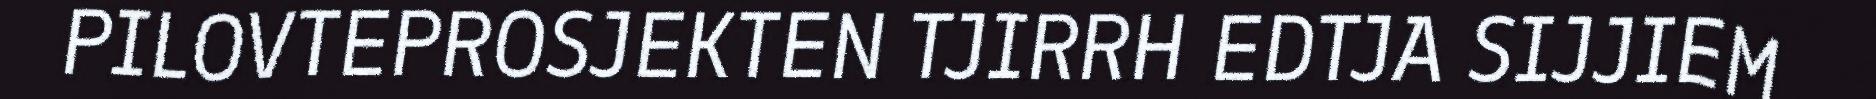
PILOVTEPROSJEKTEN TJIRRH EDTJA SIJJIEM